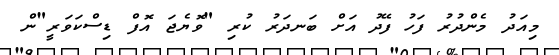
މިއަދު މެންދުރު ފަހު ފޭދު އަށް ބަނދަރު ކުރި "ވޮޔެޖަ އޮފް ޑިސްކަވަރީ"ން